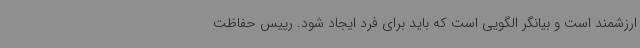
ارزشمند است و بیانگر الگویی است که باید برای فرد ایجاد شود. رییس حفاظت